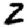
Digit: 2